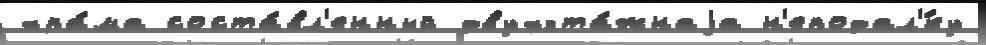
хра́ма соста́вл'енный двухэта́жнаjа н'еподал'́ку